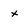
Character: x